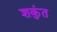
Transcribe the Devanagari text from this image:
शकुंत